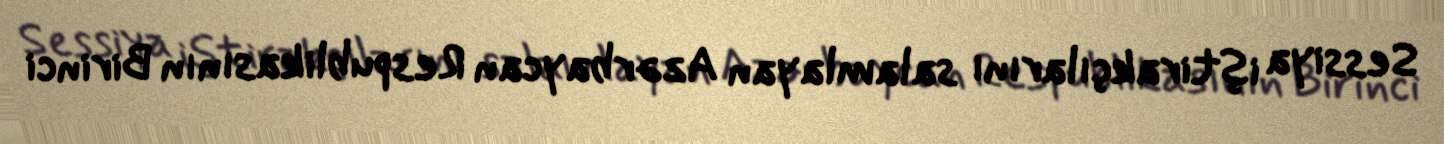
Sessiya iştirakçılarını salamlayan Azərbaycan Respublikasının Birinci